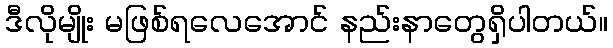
ဒီလိုမျိုး မဖြစ်ရလေအောင် နည်းနာတွေရှိပါတယ်။